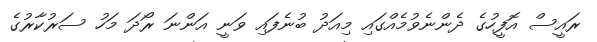
ރައީސް އޮފީހުގެ ދެންނެވުމެއްގައި މިއަދު ބުނެފައި ވަނީ އަންނަ ރޯދަ މަހު ސަރުކާރުގެ